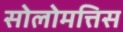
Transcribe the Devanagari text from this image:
सोलोमत्तिस